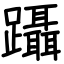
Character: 躡